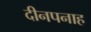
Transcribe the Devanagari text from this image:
दीनपनाह